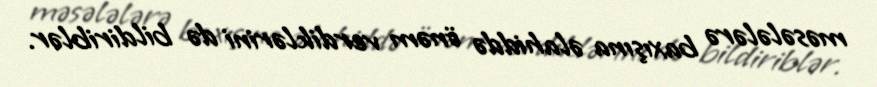
məsələlərə baxışına əlahiddə önəm verdiklərini də bildiriblər.